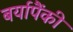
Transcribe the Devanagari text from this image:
बर्यापैंकी